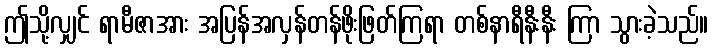
ဤသို့လျှင် ရာမီဇာအား အပြန်အလှန်တန်ဖိုးဖြတ်ကြရာ တစ်နာရီနီးနီး ကြာ သွားခဲ့သည်။